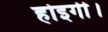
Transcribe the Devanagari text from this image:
होइगी।